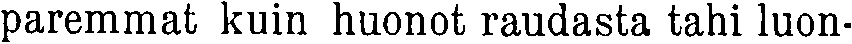
paremmat kuin huonot raudasta tahi luon-